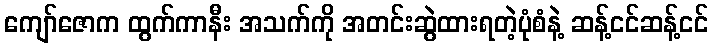
ကျော်ဇောက ထွက်ကာနီး အသက်ကို အတင်းဆွဲထားရတဲ့ပုံစံနဲ့ ဆန့်ငင်ဆန့်ငင်